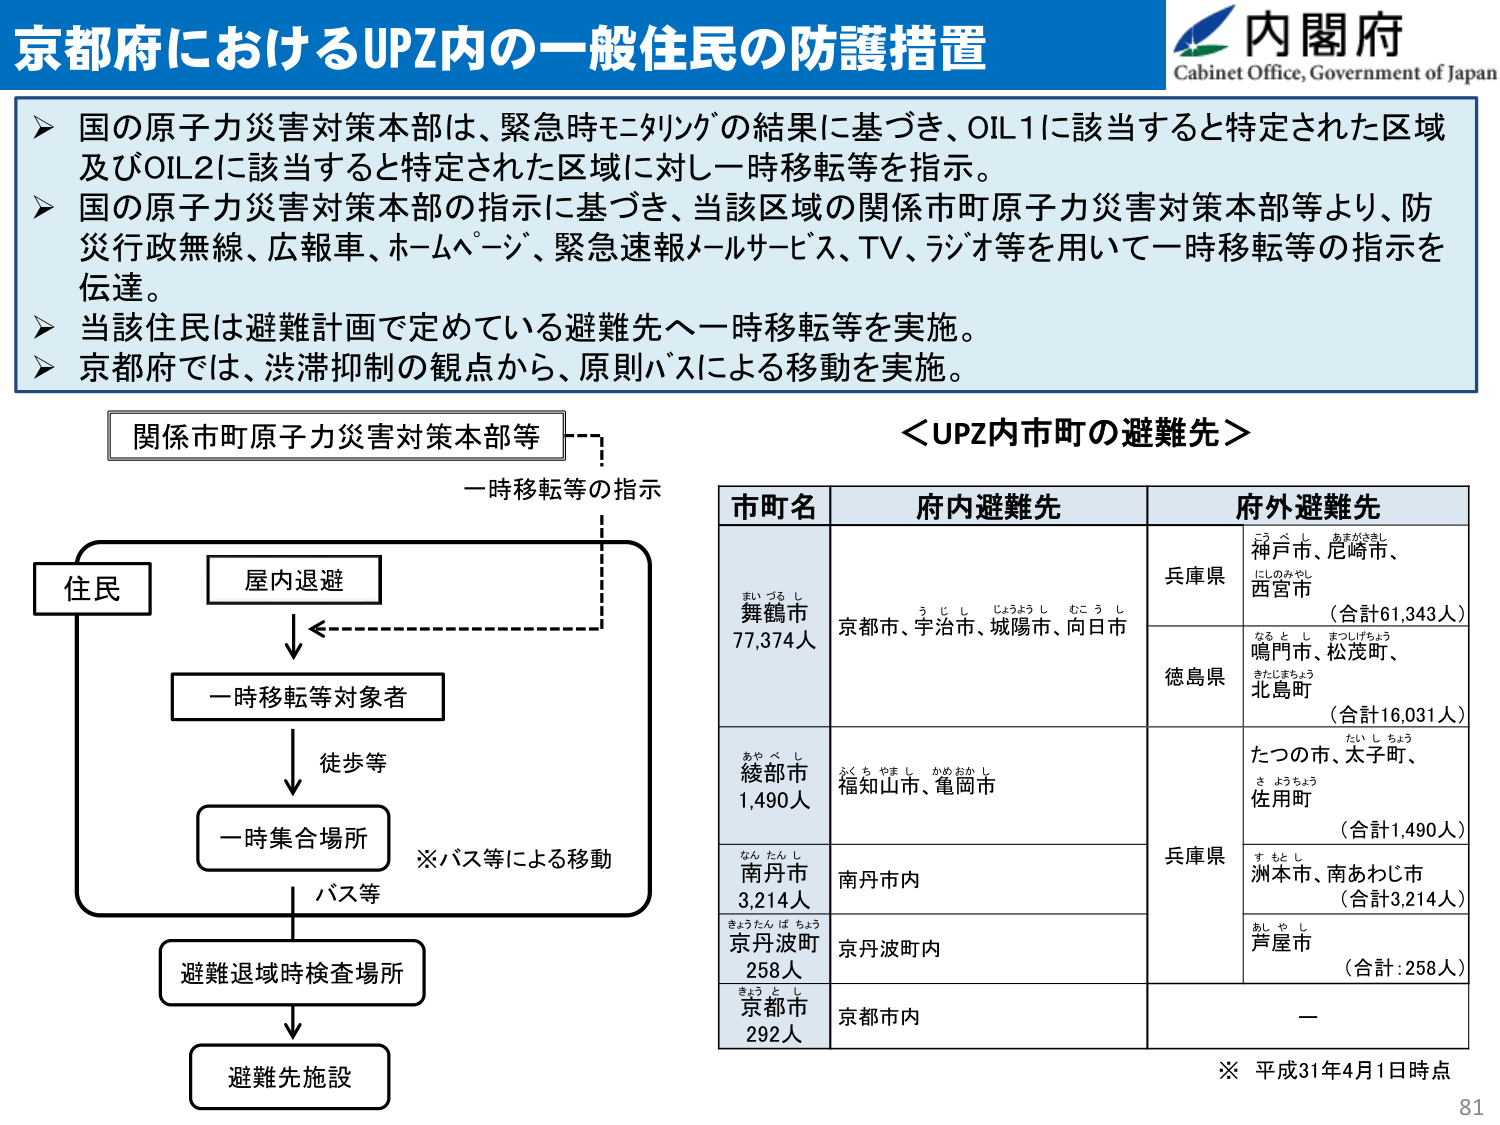
京都府におけるUPZ内の一一般住民の防護措置
内閣府
Cabinet Office, Government of Japan
国 の 原子力災害対策本部は、緊急時モニタリングの結果に基づき、OIL1に該当すると特定された区域
及びOIL2に該当すると特定された区域に対し一時移転等を指示。
国 の 原子力災害対策本部の指示に基づき、当該区域の関係市町原子力災害対策本部等より、防
災行政無線、広報車、ホームページ、緊急速報メールサービス、TV、ラジオ等を用いて一時移転等の指示を
伝達。
当該住民は避難計画で定めている避難先へ一時移転等を実施。
京都府では、渋滞抑制の観点から、原則バスによる移動を実施。
関係市町原子力災害対策本部等
一時移転等の指示
＜UPZ内市町の避難先＞
市町名
府内避難先
府外避難先
まいづるし
舞鶴市
77,374人
京都市、宇治市、城陽市、向日市
兵庫県
こうべし あまがさきし
神戸市、尼崎市、
にしのみやし
西宮市
（合計61,343人）
なるとし まつしげちょう
鳴門市、松茂町、
きたじまちょう
北島町
（合計16,031人）
あやべし
綾部市
1,490人
ふくちやまし かめおかし
福知山市、亀岡市
兵庫県
たつのし、太子町、
たいしちょう
さ ようちょう
佐用町
（合計1,490人）
なんたんし
南丹市
3,214人
南丹市内
す し し
洲本市、南あわじ市
（合計3,214人）
きょうたんばちょう
京丹波町
258人
京丹波町内
あしやし
芦屋市
（合計：258人）
きょうとし
京都市
292人
京都市内
ー
※ バス等による移動
住民
屋内退避
一時移転等対象者
徒歩等
一時集合場所
バス等
避難退域時検査場所
避難先施設
※ 平成31年4月1日時点
81